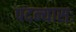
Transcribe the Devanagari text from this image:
पदन्यासः